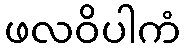
ဖလဝိပါကံ